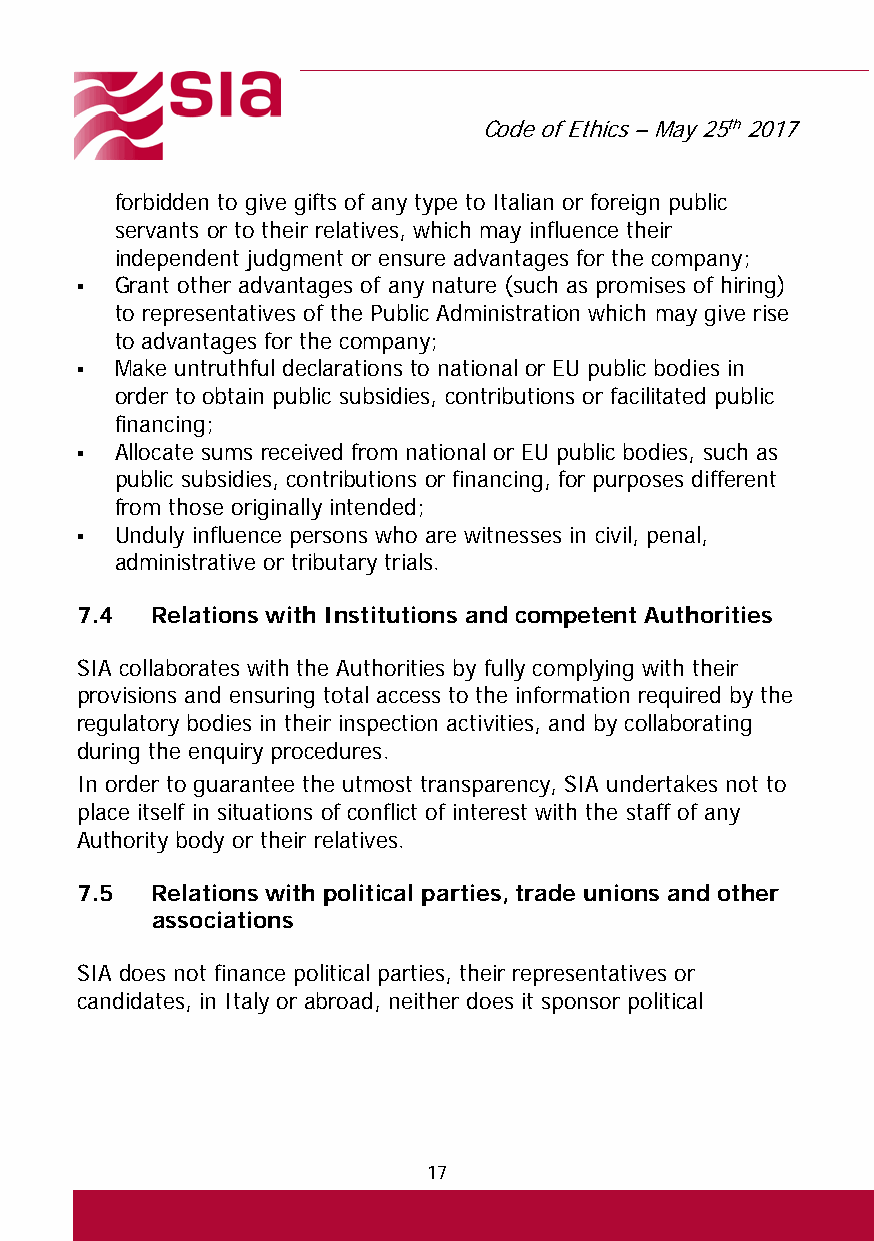
Code of Ethics – May 25th 2017
 forbidden to give gifts of any type to Italian or foreign public
 servants or to their relatives, which may influence their
 independent judgment or ensure advantages for the company;
   Grant other advantages of any nature (such as promises of hiring)
 to representatives of the Public Administration which may give rise
 to advantages for the company;
   Make untruthful declarations to national or EU public bodies in
 order to obtain public subsidies, contributions or facilitated public
 financing;
   Allocate sums received from national or EU public bodies, such as
 public subsidies, contributions or financing, for purposes different
 from those originally intended;
   Unduly influence persons who are witnesses in civil, penal,
 administrative or tributary trials.
 7.4  Relations with Institutions and competent Authorities
 SIA collaborates with the Authorities by fully complying with their
 provisions and ensuring total access to the information required by the
 regulatory bodies in their inspection activities, and by collaborating
 during the enquiry procedures.
 In order to guarantee the utmost transparency, SIA undertakes not to
 place itself in situations of conflict of interest with the staff of any
 Authority body or their relatives.
 7.5  Relations with political parties, trade unions and other
 associations
 SIA does not finance political parties, their representatives or
 candidates, in Italy or abroad, neither does it sponsor political
 17